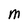
Character: M